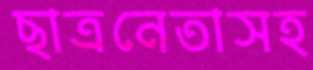
ছাত্রনেতাসহ